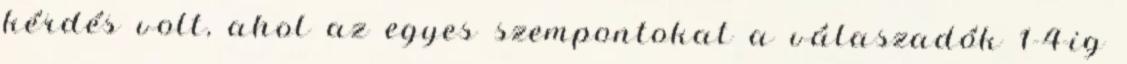
kérdés volt, ahol az egyes szempontokat a válaszadók 1-4-ig